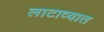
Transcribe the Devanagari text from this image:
लाटाव्यात